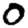
Digit: 0